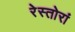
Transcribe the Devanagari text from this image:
रेस्तोरां